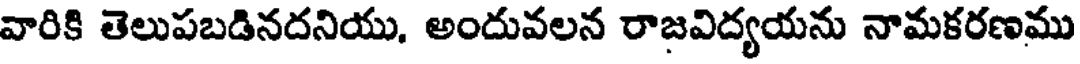
వారికి తెలుపబడినదనియు, అందువలన రాజవిద్యయను నామకరణము